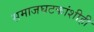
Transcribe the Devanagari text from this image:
समाजघटकांशीही